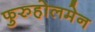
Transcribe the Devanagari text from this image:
फुरुहोलमेन